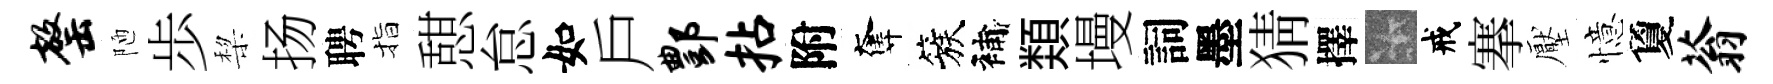
罄陋歩棃扬聘指憇怠如戶酆拈附奪簇補𩔖墁詞墨猜擇卡戒搴壓憶夐蓊